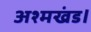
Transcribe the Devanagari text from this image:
अश्मखंड।